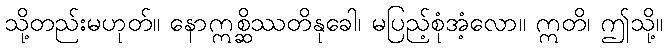
သို့တည်းမဟုတ်။ နောဣစ္ဆိဿတိနုခေါ၊ မပြည့်စုံအံ့လော။ ဣတိ၊ ဤသို့။